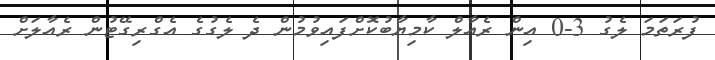
ފުރަތަމަ ލެގު 3-0 އިން ރެއާލް ކާމިޔާބުކޮށްފައިވުމުން ދެ ލެގުގެ އެގްރިގޭޓުން ރެއާލަށް